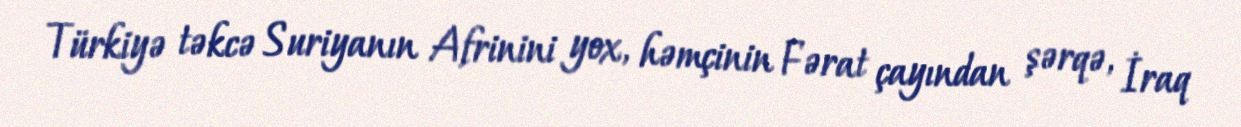
Türkiyə təkcə Suriyanın Afrinini yox, həmçinin Fərat çayından şərqə, İraq